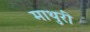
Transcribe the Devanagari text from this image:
माथुरीं